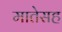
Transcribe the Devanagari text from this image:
मातेसह